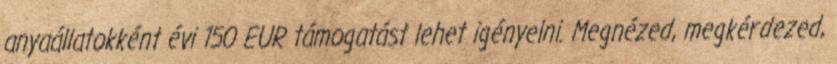
anyaállatokként évi 150 EUR támogatást lehet igényelni. Megnézed, megkérdezed,